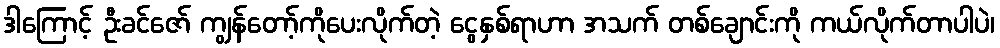
ဒါကြောင့် ဦးခင်ဇော် ကျွန်တော့်ကိုပေးလိုက်တဲ့ ငွေနှစ်ရာဟာ အသက် တစ်ချောင်းကို ကယ်လိုက်တာပါပဲ၊